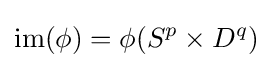
\operatorname {im} (\phi )=\phi (S^{p}\times D^{q})